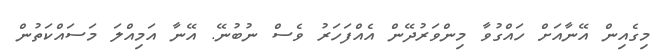
މިގެއިން އޭނާއަށް ހައްގުވާ މިންވަރުދޭން އެއްފަހަރު ވެސް ނުބުނޭ. އޭނާ އަމިއްލަ މަސައްކަތުން